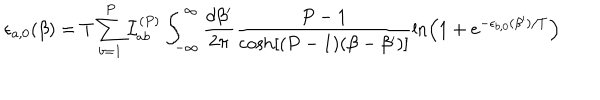
\epsilon _ { a , 0 } ( \beta ) = T \sum _ { b = 1 } ^ { P } { \cal I } _ { a b } ^ { ( P ) } \int _ { - \infty } ^ { \infty } \frac { d \beta ^ { \prime } } { 2 \pi } \frac { P - 1 } { \cosh [ ( P - 1 ) ( \beta - \beta ^ { \prime } ) ] } \ln \left( 1 + e ^ { - \epsilon _ { b , 0 } ( \beta ^ { \prime } ) / T } \right)